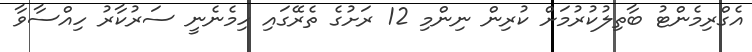
އެގްރިމެންޓު ބާތިލުކުރުމަށް ކުރިން ނިންމި 12 ރަށުގެ ތެރޭގައި ހިމެނެނީ ސަރުކާރު ހިއްސާވާ